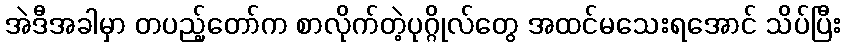
အဲဒီအခါမှာ တပည့်တော်က စာလိုက်တဲ့ပုဂ္ဂိုလ်တွေ အထင်မသေးရအောင် သိပ်ပြီး